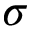
\sigma